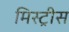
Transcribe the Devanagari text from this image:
मिस्ट्रीस